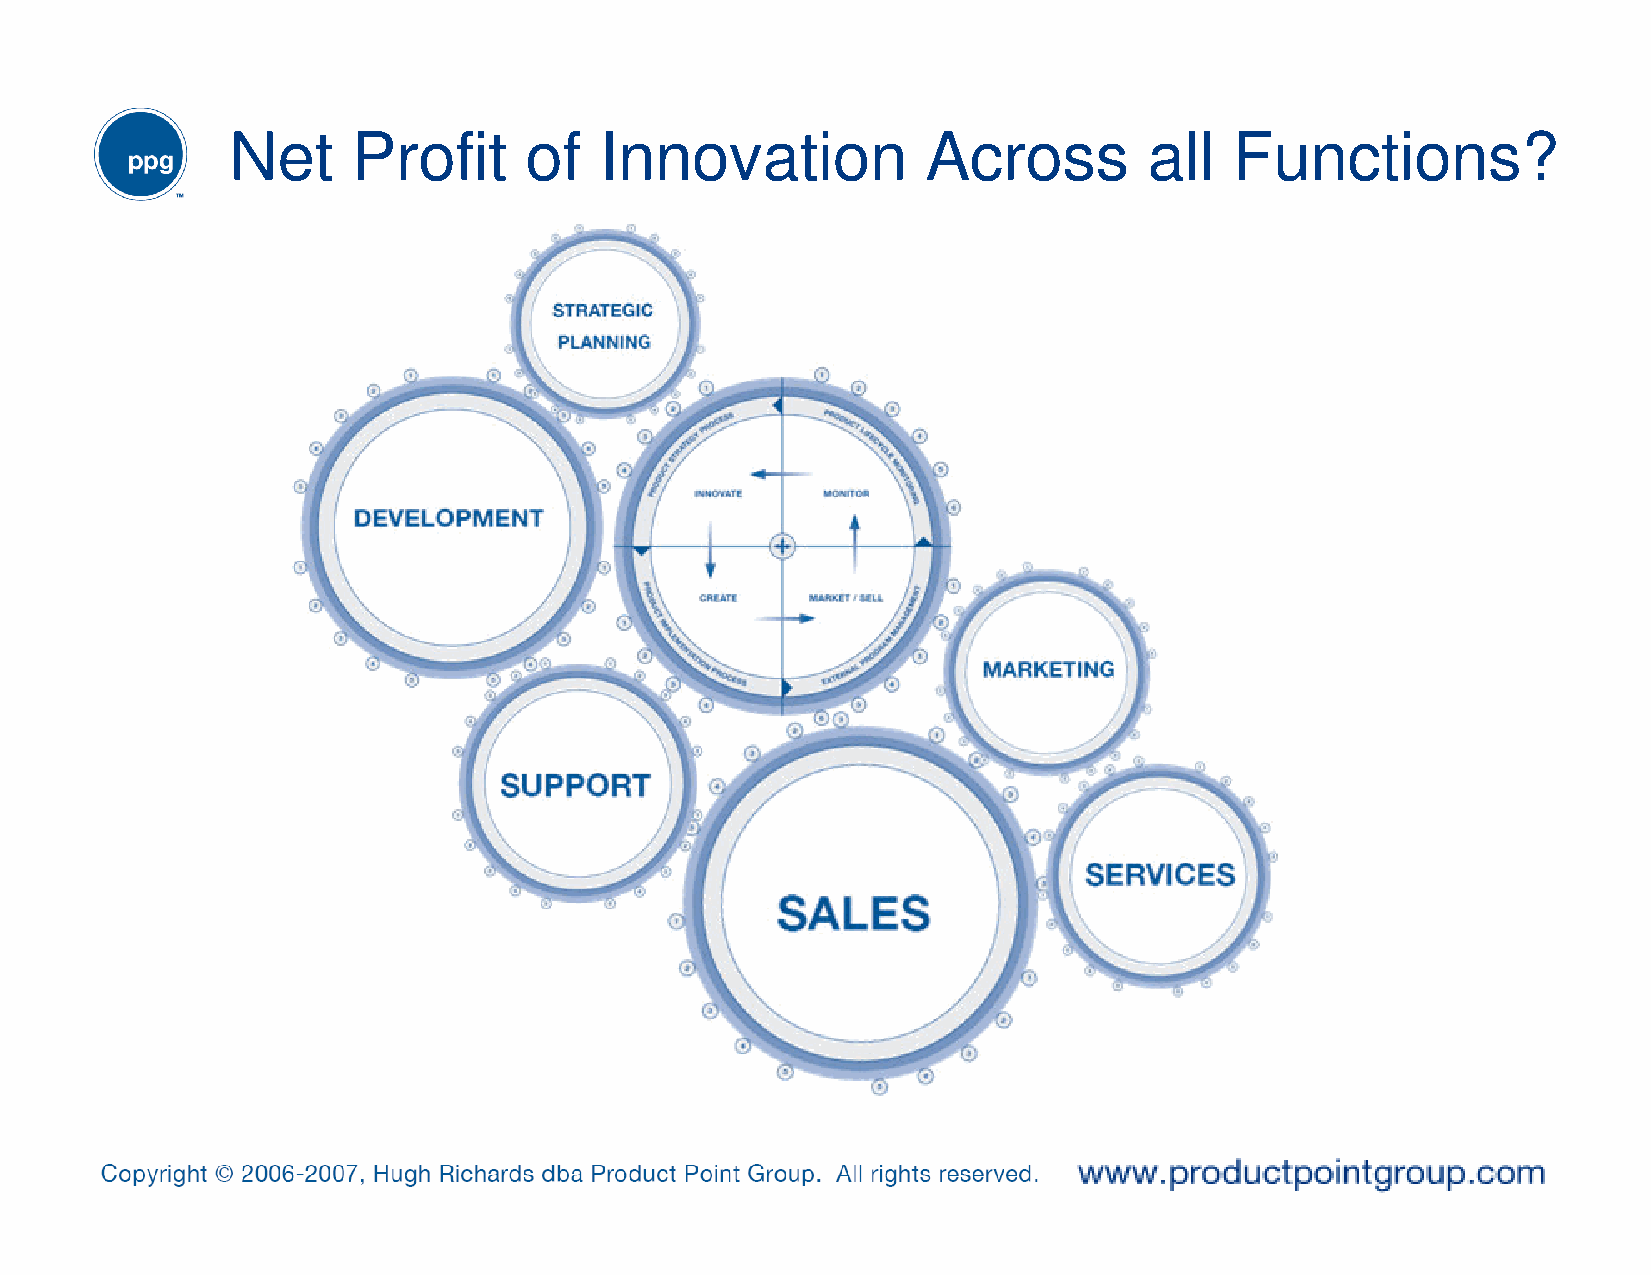
Net     Profit      of   Innovation           Across         all   Functions?